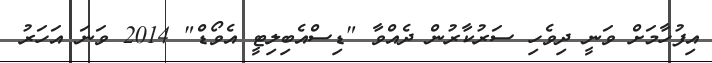
އިފުހާމަށް ވަނީ ދިވެހި ސަރުކާރުން ދެއްވާ "ޑިސްއެބިލިޓީ އެވޯޑް" 2014 ވަަނަ އަހަރު